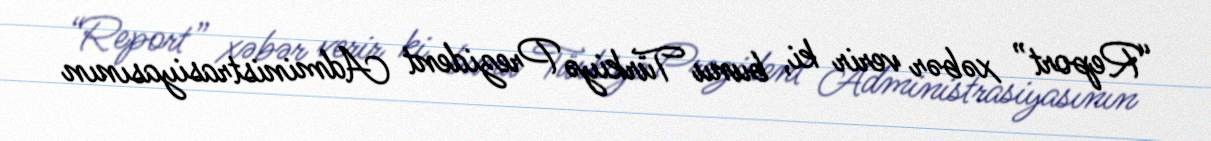
“Report” xəbər verir ki, bunu Türkiyə Prezident Administrasiyasının